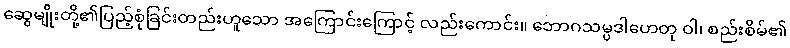
ဆွေမျိုးတို့၏ပြည့်စုံခြင်းတည်းဟူသော အကြောင်းကြောင့် လည်းကောင်း။ ဘောဂသမ္ပဒါဟေတု ဝါ၊ စည်းစိမ်၏